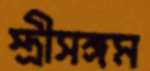
স্ত্রীসঙ্গম